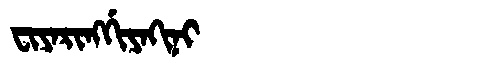
Manchu: ᠸᡳᠶᠠᡵᡳᠩᡤᡳᠶᠠᡴᡳᠨᡳ
Romanization: FIYARINGGIYAKINI